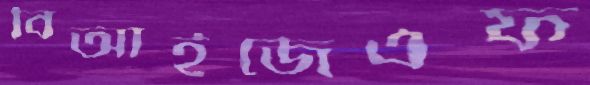
বিআইজেএফ